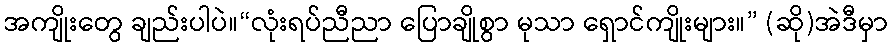
အကျိုးတွေ ချည်းပါပဲ။“လုံးရပ်ညီညာ ပြောချိုစွာ မုသာ ရှောင်ကျိုးများ။” (ဆို)အဲဒီမှာ